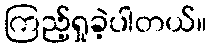
ကြည့်ရှုခဲ့ပါတယ်။